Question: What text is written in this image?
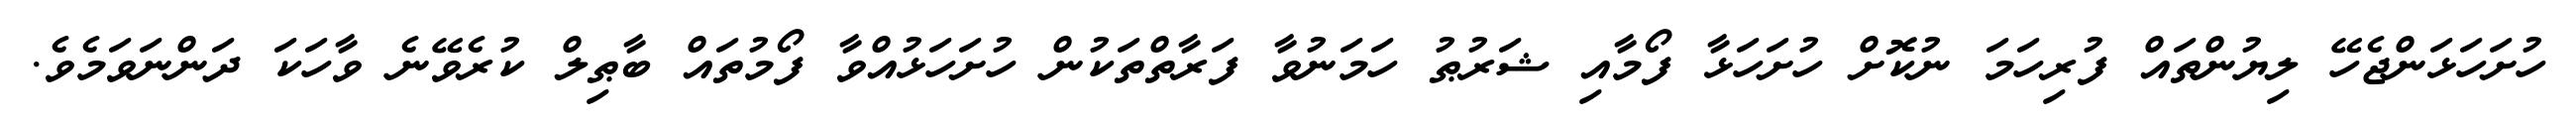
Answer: ހުށަހަޅަންޖެހޭ ލިޔުންތައް ފުރިހަމަ ނުކޮށް ހުށަހަޅާ ފޯމާއި ޝަރުޠު ހަމަނުވާ ފަރާތްތަކުން ހުށަހަޅުއްވާ ފޯމުތައް ބާޠިލް ކުރެވޭނެ ވާހަކަ ދަންނަވަމެވެ.